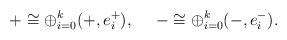
LaTeX: \begin{align*} + \cong \oplus_{i=0}^k (+, e^+_i), \ \ \ \ - \cong \oplus_{i=0}^k (-, e^-_i). \end{align*}